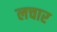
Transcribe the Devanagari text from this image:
लचार